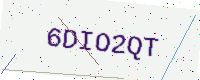
Text: 6DIO2QT